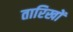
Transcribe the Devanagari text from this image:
तारिखों